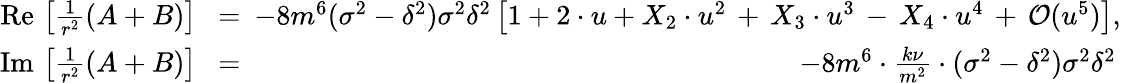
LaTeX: \begin{array}{rlr}{\mathrm{Re}\, \left[\frac{1}{r^{2}}(A+B)\right]\! \! \! }&{{}=}&{\! \! \! -8m^{6}(\sigma^{2}-\delta^{2})\sigma^{2}\delta^{2}\left[1+2\cdot u+X_{2}\cdot u^{2}\, +\, X_{3}\cdot u^{3}\, -\, X_{4}\cdot u^{4}\, +\, {\cal O}(u^{5})\right],}\\ {\mathrm{Im}\, \left[\frac{1}{r^{2}}(A+B)\right]\! \! \! }&{{}=}&{\! \! \! -8m^{6}\cdot\frac{k\nu}{m^{2}}\cdot(\sigma^{2}-\delta^{2})\sigma^{2}\delta^{2}\, }\end{array}